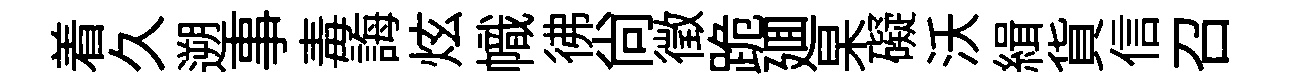
着久遡事毒誨炫幟彿尚徵跪廽杲礙沃緝貨信召